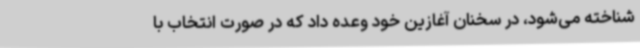
شناخته می‌شود، در سخنان آغازین خود وعده داد که در صورت انتخاب با